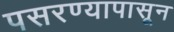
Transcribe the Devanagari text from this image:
पसरण्यापासून